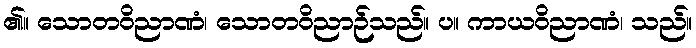
၏။ သောတဝိညာဏံ၊ သောတဝိညာဉ်သည်။ ပ။ ကာယဝိညာဏံ၊ သည်။